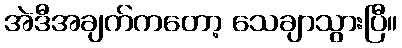
အဲဒီအချက်ကတော့ သေချာသွားပြီ။